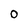
Character: O